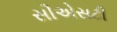
સીએસટી